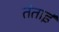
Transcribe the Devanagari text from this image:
तंताई